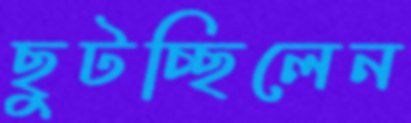
ছুটচ্ছিলেন